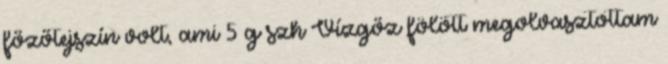
főzőtejszín volt, ami 5 g szh Vízgőz fölött megolvasztottam